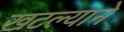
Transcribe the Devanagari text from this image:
खटल्याने